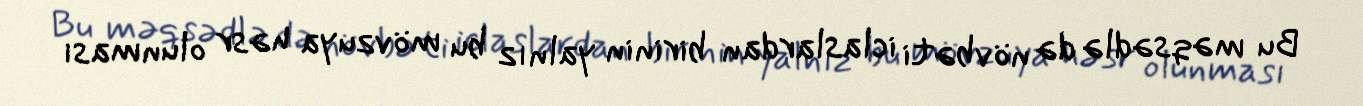
Bu məqsədlə də növbəti iclaslardan birinin yalnız bu mövzuya həsr olunması